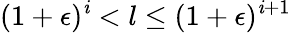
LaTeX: (1+\epsilon)^{\mathit{i}}<l\leq(1+\epsilon)^{\mathit{i}+1}